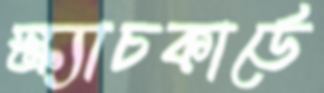
স্ক্র্যাচকার্ডে